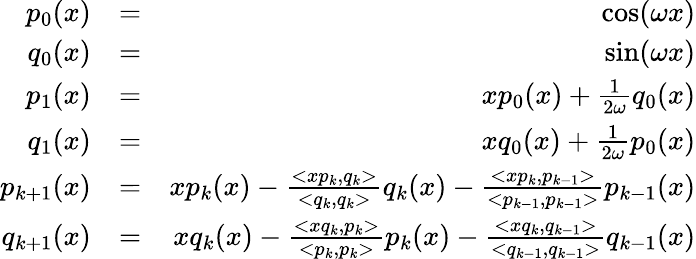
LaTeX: \begin{array}{rlr}{p_{0}(x)}&{=}&{\cos(\omega x)}\\ {q_{0}(x)}&{=}&{\sin(\omega x)}\\ {p_{1}(x)}&{=}&{xp_{0}(x)+\frac{1}{2\omega}q_{0}(x)}\\ {q_{1}(x)}&{=}&{xq_{0}(x)+\frac{1}{2\omega}p_{0}(x)}\\ {p_{k+1}(x)}&{=}&{xp_{k}(x)-\frac{<xp_{k},q_{k}>}{<q_{k},q_{k}>}q_{k}(x)-\frac{<xp_{k},p_{k-1}>}{<p_{k-1},p_{k-1}>}p_{k-1}(x)}\\ {q_{k+1}(x)}&{=}&{xq_{k}(x)-\frac{<xq_{k},p_{k}>}{<p_{k},p_{k}>}p_{k}(x)-\frac{<xq_{k},q_{k-1}>}{<q_{k-1},q_{k-1}>}q_{k-1}(x)}\end{array}